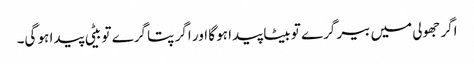
اگر جھولی میں بیر گرے تو بیٹا پیدا ہو گا اور اگر پتا گرے تو بیٹی پیدا ہو گی۔